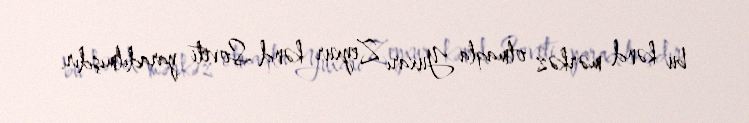
bu kənd mərkəz olmaqla Yuxarı Zeyxur kənd Soveti yaradılmışdır.